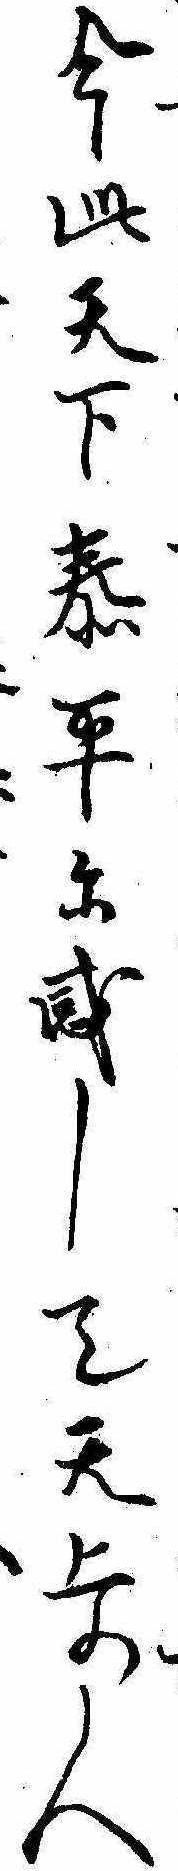
今此天下泰平に感して天上の人